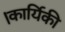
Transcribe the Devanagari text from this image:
।कार्यिकी